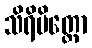
သိရိမိတ္တော